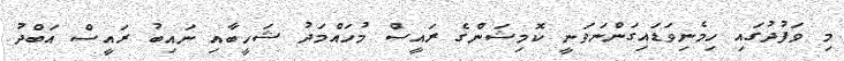
މި ވަފުދުގައި ހިމެނިވަޑައިގަންނަވަނީ ކޮމިޝަންގެ ރައީސް މުހައްމަދު ޝަހީބާއި ނައިބު ރައީސް އަބްދު